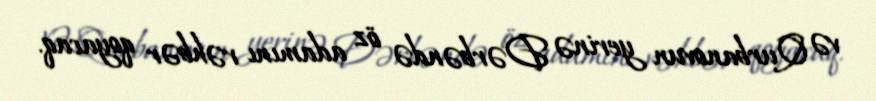
və Qurbanovun yerinə Dərbəndə öz adamını rəhbər qoyacaq.